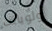
أولوياتك